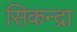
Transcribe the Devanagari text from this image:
सिकन्द्रा